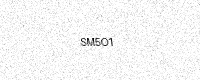
Text: SM5O1